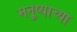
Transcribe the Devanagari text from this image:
मनु्ष्याच्या